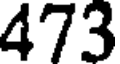
473